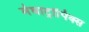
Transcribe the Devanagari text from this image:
मेघाट्रॉपिक्स